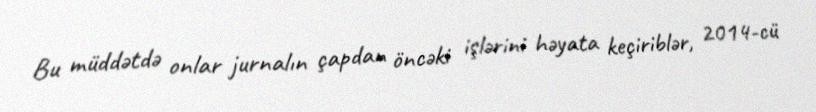
Bu müddətdə onlar jurnalın çapdan öncəki işlərini həyata keçiriblər, 2014-cü